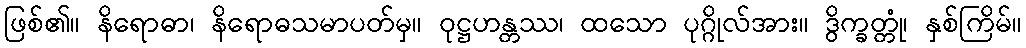
ဖြစ်၏။ နိရောဓာ၊ နိရောဓသမာပတ်မှ။ ဝုဋ္ဌဟန္တဿ၊ ထသော ပုဂ္ဂိုလ်အား။ ဒွိက္ခတ္တုံ၊ နှစ်ကြိမ်။